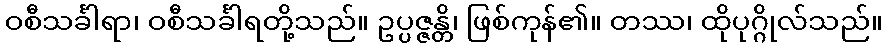
ဝစီသင်္ခါရာ၊ ဝစီသင်္ခါရတို့သည်။ ဥပ္ပဇ္ဇန္တိ၊ ဖြစ်ကုန်၏။ တဿ၊ ထိုပုဂ္ဂိုလ်သည်။